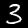
Label: 3